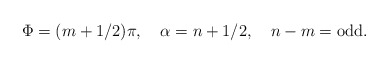
\begin{align*}\Phi =(m+1/2)\pi, \,\,\, \,\,\, \alpha= n+1/2, \,\,\, \,\,\, n-m= \mbox{odd}.\end{align*}